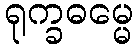
ရုက္ခဓမ္မေ